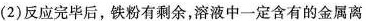
(2)反应完毕后，铁粉有剩余，溶液中一定含有的金属离